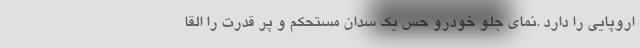
اروپایی را دارد .نمای جلو خودرو حس یک سدان مستحکم و پر قدرت را القا